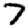
Digit: 7